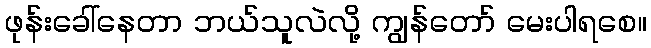
ဖုန်းခေါ်နေတာ ဘယ်သူလဲလို့ ကျွန်တော် မေးပါရစေ။